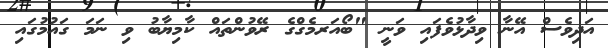
އަދިވެސް އޭނާ ވިދާޅުވެފައި ވަނީ "ބޯއަރމެގްގެ ރޭވުންތައް ކާމިޔާބު ވި ނަމަ ގައުމުގައި